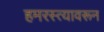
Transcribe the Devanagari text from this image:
हमरस्त्यावरून